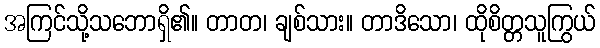
အကြင်သို့သဘောရှိ၏။ တာတ၊ ချစ်သား။ တာဒိသော၊ ထိုစိတ္တသူကြွယ်